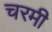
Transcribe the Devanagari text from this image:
चरमी